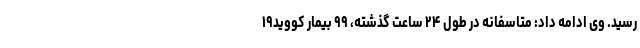
رسید. وی ادامه داد: متاسفانه در طول ۲۴ ساعت گذشته، ۹۹ بیمار کووید۱۹